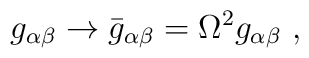
g_{\alpha\beta} \rightarrow \bar{g}_{\alpha \beta} = \Omega^2 g_{\alpha \beta}~,